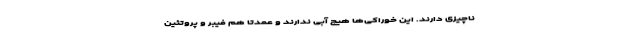
ناچیزی دارند. این خوراکی‌ها هیچ آبی ندارند و عمدتا هم فیبر و ‌پروتئین